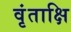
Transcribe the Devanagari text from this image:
वृंताक्षि